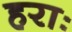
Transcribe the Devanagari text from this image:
हराः